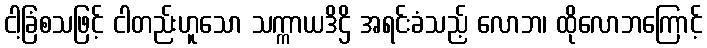
ငါ့ခြံစသဖြင့် ငါတည်းဟူသော သက္ကာယဒိဌိ အရင်းခံသည့် လောဘ၊ ထိုလောဘကြောင့်